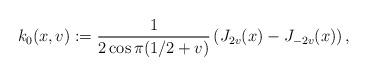
LaTeX: \begin{align*}k_0(x,v):=\frac{1}{2\cos{\pi (1/2+v)}}\left(J_{2v}(x)-J_{-2v}(x) \right),\end{align*}